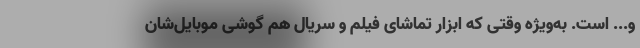
و... است. به‌ویژه وقتی که ابزار تماشای فیلم و سریال هم گوشی موبایل‌شان